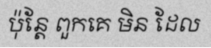
ប៉ុន្តែ ពួកគេ មិន ដែល